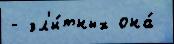
- эл'и́тных она́